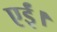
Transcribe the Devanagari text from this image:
एईं।